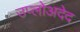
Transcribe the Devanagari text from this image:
उप्लोअदेद